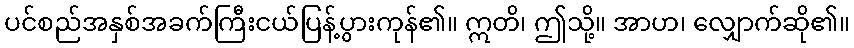
ပင်စည်အနှစ်အခက်ကြီးငယ်ပြန့်ပွားကုန်၏။ ဣတိ၊ ဤသို့။ အာဟ၊ လျှောက်ဆို၏။